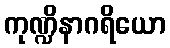
ကုဏ္ဍိနာဂရိယော